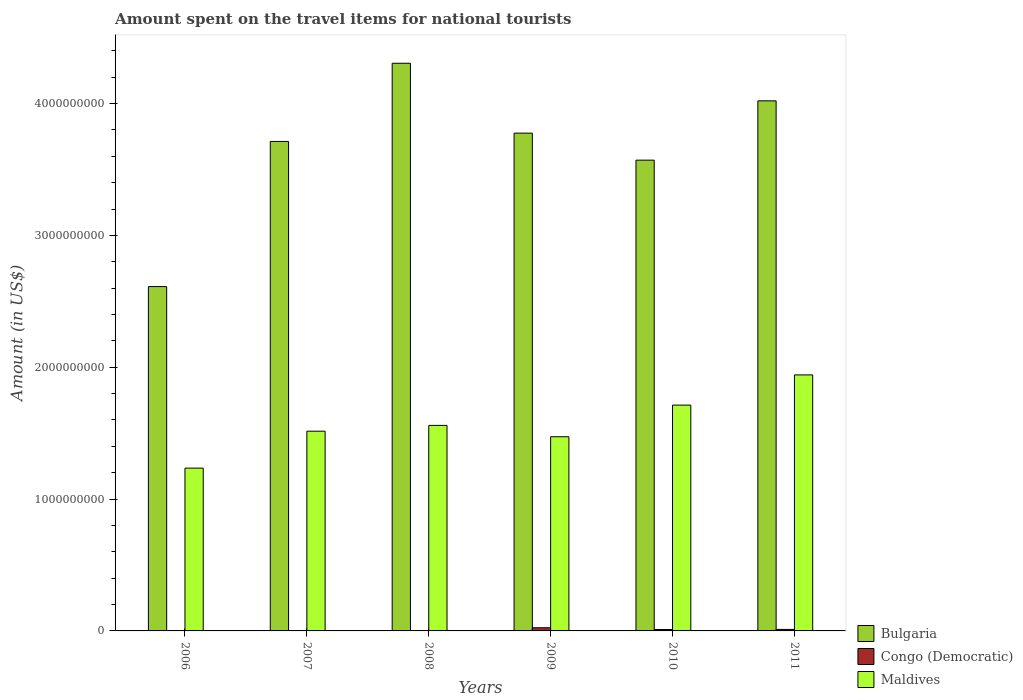
| Years | Bulgaria | Congo (Democratic) | Maldives |
 | --- | --- | --- | --- |
 | 2006 | 2.61e+09 | 3.1e+06 | 1.24e+09 |
 | 2007 | 3.71e+09 | 7e+05 | 1.52e+09 |
 | 2008 | 4.31e+09 | 7e+05 | 1.56e+09 |
 | 2009 | 3.78e+09 | 2.4e+07 | 1.47e+09 |
 | 2010 | 3.57e+09 | 1.07e+07 | 1.71e+09 |
 | 2011 | 4.02e+09 | 1.14e+07 | 1.94e+09 |